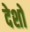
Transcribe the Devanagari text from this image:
देशों